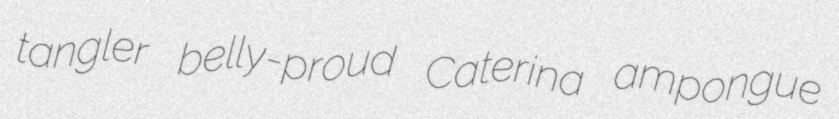
tangler belly-proud Caterina ampongue